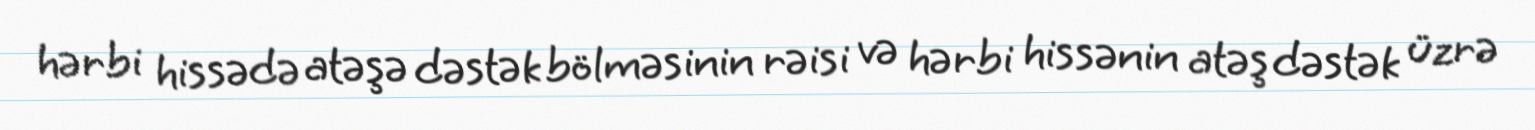
hərbi hissədə atəşə dəstək bölməsinin rəisi və hərbi hissənin atəş dəstək üzrə